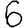
Digit: 6